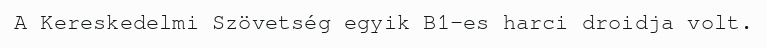
A Kereskedelmi Szövetség egyik B1-es harci droidja volt.